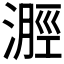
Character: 𣻽